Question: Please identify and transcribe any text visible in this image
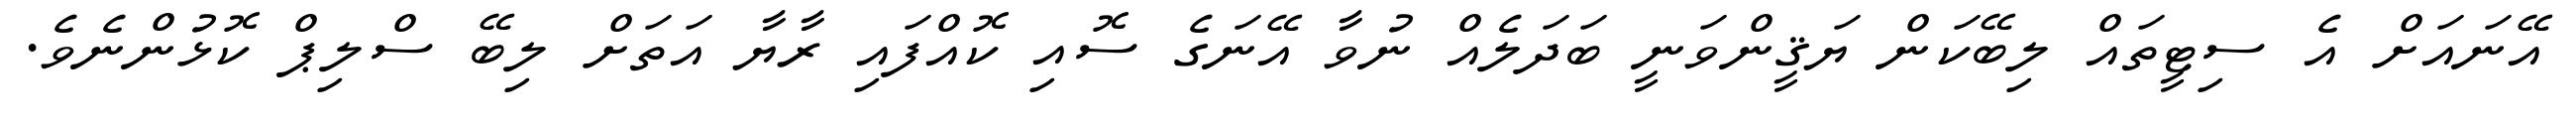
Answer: އޭނައަށް އެ ސިޓީތައް ލިބޭކަން ޔަޤީންވަނީ ބަދަލެއް ނުވާ އޭނަގެ ސޮއި ކޮއްފައި ރާޔާ އަތަށް ލިބޭ ސްލިޕް ކޮޅުންނެވެ.